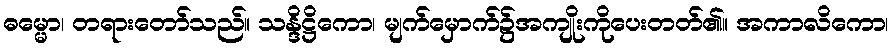
ဓမ္မော၊ တရားတော်သည်။ သန္ဒိဋ္ဌိကော၊ မျက်မှောက်၌အကျိုးကိုပေးတတ်၏။ အကာလိကော၊